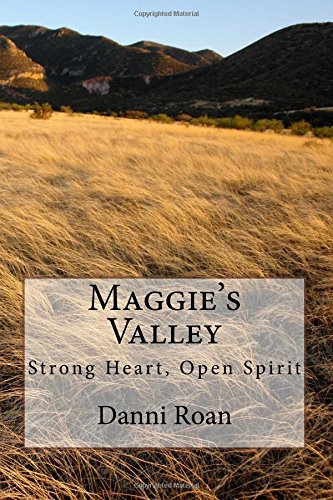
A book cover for Maggie's Valley: Strong Heart, Open Spirit; Danni Roan; Romance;